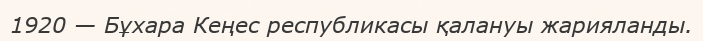
1920 — Бұхара Кеңес республикасы қалануы жарияланды.